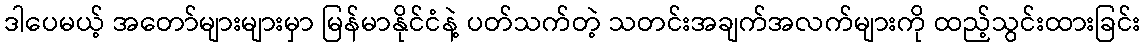
ဒါပေမယ့် အတော်များများမှာ မြန်မာနိုင်ငံနဲ့ ပတ်သက်တဲ့ သတင်းအချက်အလက်များကို ထည့်သွင်းထားခြင်း